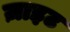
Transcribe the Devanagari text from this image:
ज़ाइट